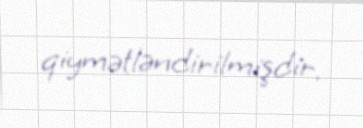
qiymətləndirilmişdir.